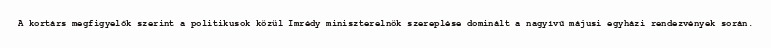
A kortárs megfigyelők szerint a politikusok közül Imrédy miniszterelnök szereplése dominált a nagyívű májusi egyházi rendezvények során.